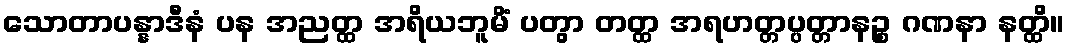
သောတာပန္နာဒီနံ ပန အညတ္ထ အရိယဘူမိံ ပတွာ တတ္ထ အရဟတ္တပ္ပတ္တာနဉ္စ ဂဏနာ နတ္ထိ။